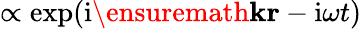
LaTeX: \propto\exp(\mathrm{i}\ensuremath{\mathbf{k}}\mathbf{r}-\mathrm{i}\omega t)